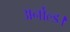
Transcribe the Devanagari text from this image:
अर्नोल्ड।